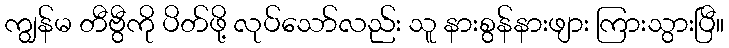
ကျွန်မ တီဗွီကို ပိတ်ဖို့ လုပ်သော်လည်း သူ နားစွန်နားဖျား ကြားသွားပြီ။